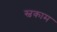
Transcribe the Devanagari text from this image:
स्वकाम